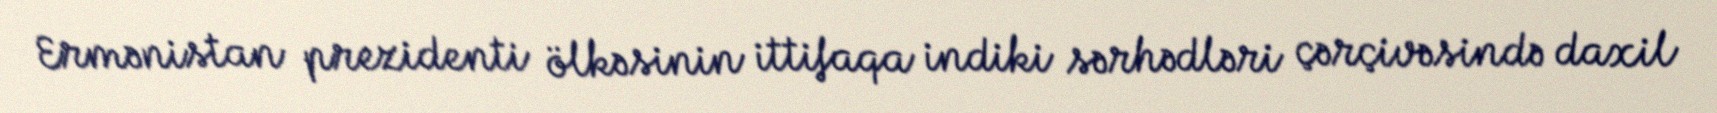
Ermənistan prezidenti ölkəsinin ittifaqa indiki sərhədləri çərçivəsində daxil